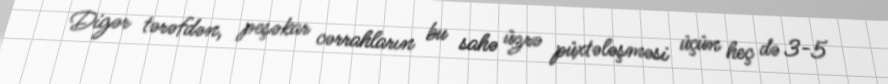
Digər tərəfdən, peşəkar cərrahların bu sahə üzrə püxtələşməsi üçün heç də 3-5